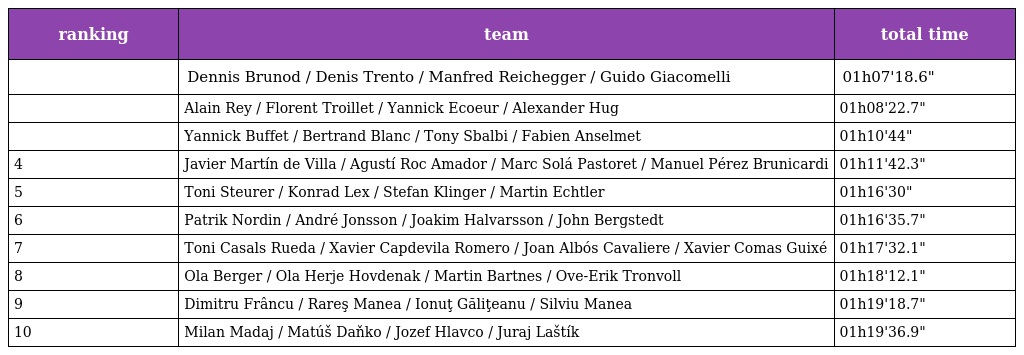
| ranking | team | total time |
 | --- | --- | --- |
 |  | Dennis Brunod / Denis Trento / Manfred Reichegger / Guido Giacomelli | 01h07'18.6" |
 |  | Alain Rey / Florent Troillet / Yannick Ecoeur / Alexander Hug | 01h08'22.7" |
 |  | Yannick Buffet / Bertrand Blanc / Tony Sbalbi / Fabien Anselmet | 01h10'44" |
 | 4 | Javier Martín de Villa / Agustí Roc Amador / Marc Solá Pastoret / Manuel Pérez Brunicardi | 01h11'42.3" |
 | 5 | Toni Steurer / Konrad Lex / Stefan Klinger / Martin Echtler | 01h16'30" |
 | 6 | Patrik Nordin / André Jonsson / Joakim Halvarsson / John Bergstedt | 01h16'35.7" |
 | 7 | Toni Casals Rueda / Xavier Capdevila Romero / Joan Albós Cavaliere / Xavier Comas Guixé | 01h17'32.1" |
 | 8 | Ola Berger / Ola Herje Hovdenak / Martin Bartnes / Ove-Erik Tronvoll | 01h18'12.1" |
 | 9 | Dimitru Frâncu / Rareş Manea / Ionuţ Găliţeanu / Silviu Manea | 01h19'18.7" |
 | 10 | Milan Madaj / Matúš Daňko / Jozef Hlavco / Juraj Laštík | 01h19'36.9" |